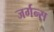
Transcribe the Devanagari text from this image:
जर्गन्स